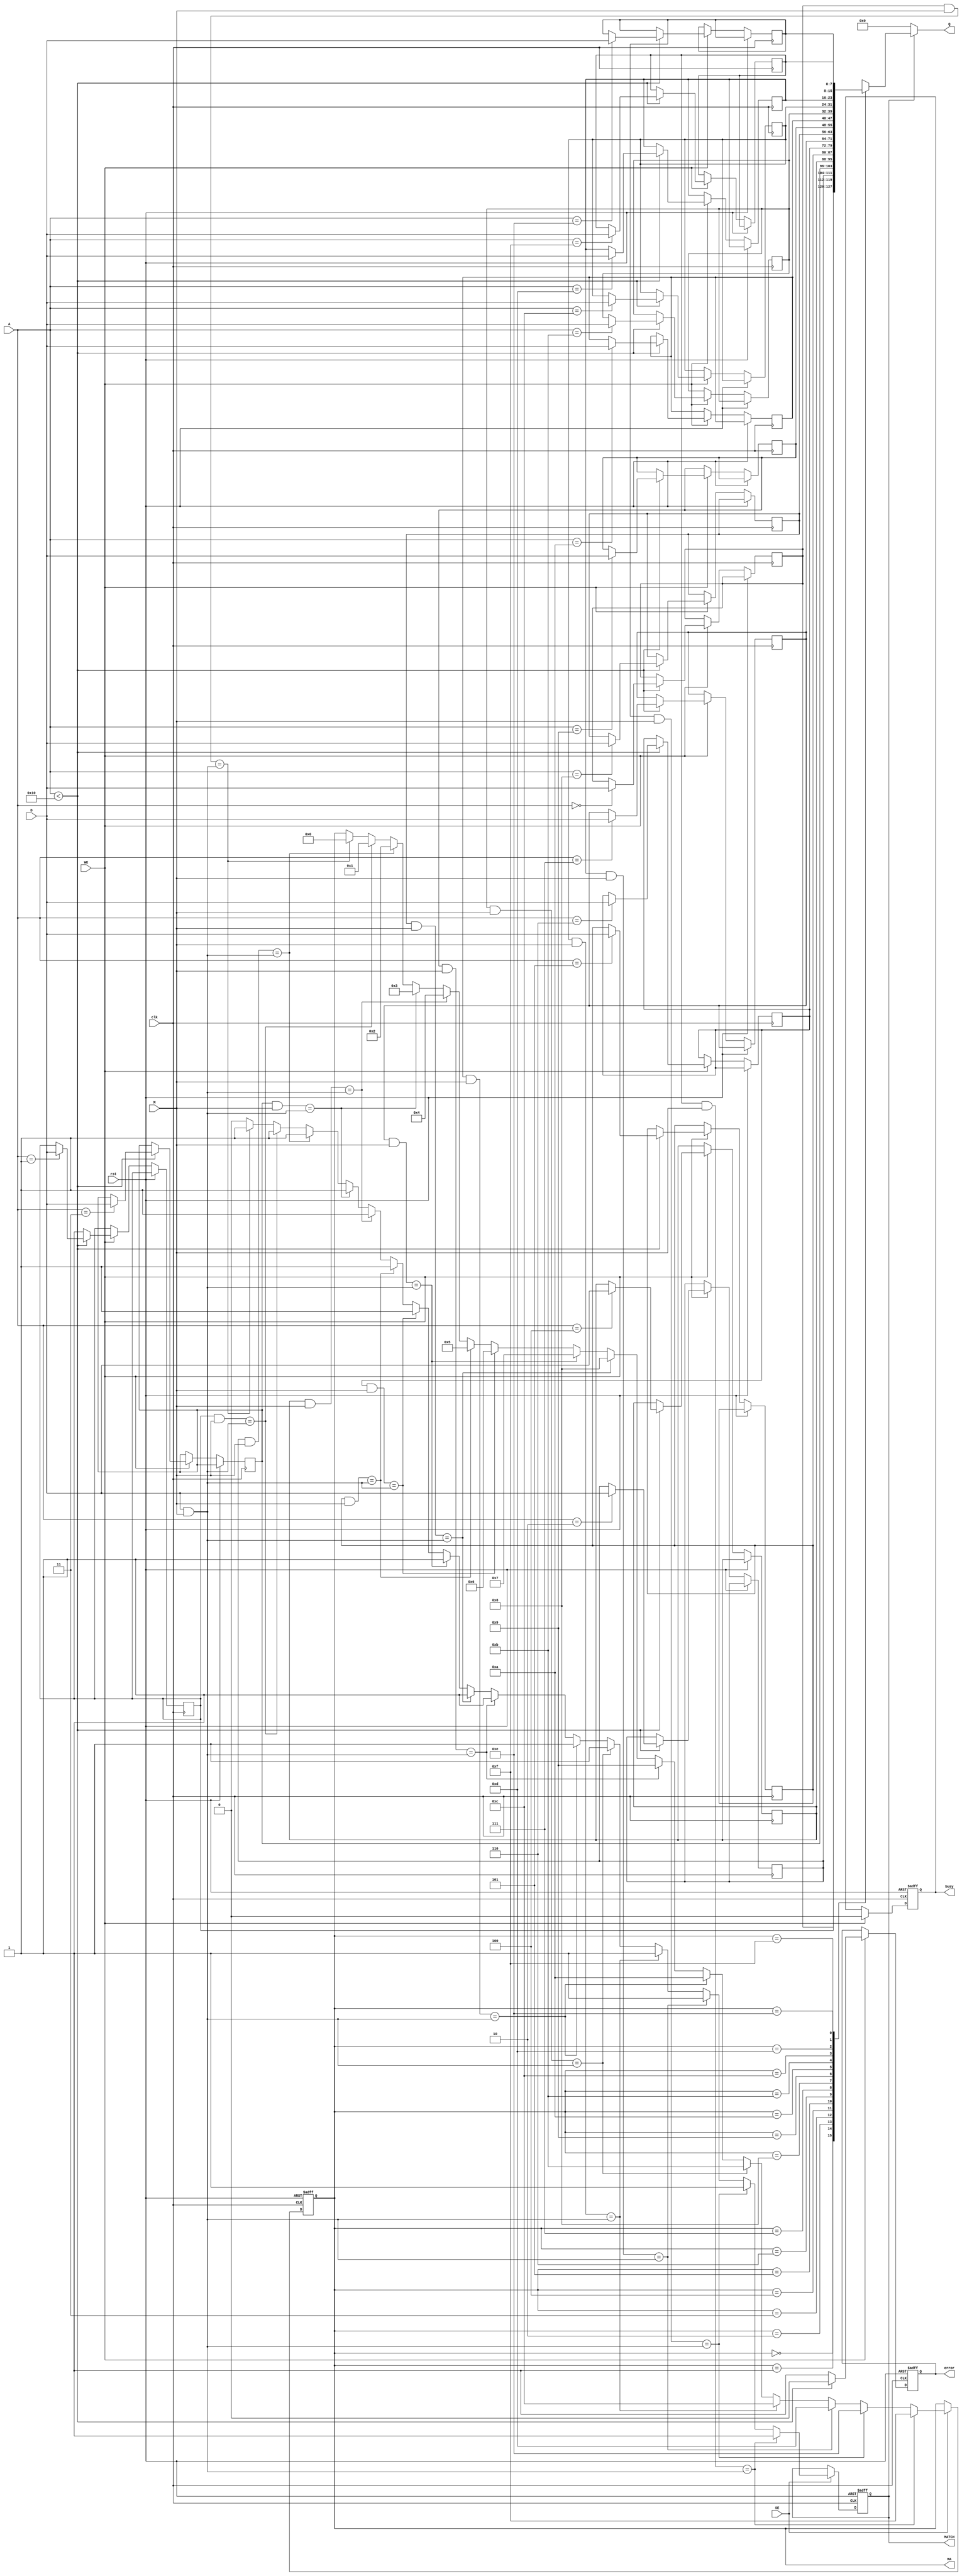
module BCAM_IO_Block #(
    parameter DATA_WIDTH = 8, // Width of the data input
    parameter ADDR_WIDTH = 4, // Width of the address input
    parameter MEM_DEPTH = 16   // Depth of the memory array
)(
    input wire clk,                // Clock signal
    input wire rst,                // Reset signal
    input wire [DATA_WIDTH-1:0] D, // Data input
    input wire [ADDR_WIDTH-1:0] A, // Address input
    input wire [DATA_WIDTH-1:0] M, // Masking input
    input wire WE,                 // Write enable
    input wire SE,                 // Search enable
    output reg [DATA_WIDTH-1:0] Q, // Data output
    output reg MATCH,              // Match output
    output reg [ADDR_WIDTH-1:0] MA, // Address output for match
    output reg busy,               // Busy signal
    output reg error               // Error signal
);

    // Memory array for BCAM
    reg [DATA_WIDTH-1:0] mem [0:MEM_DEPTH-1];

    // Internal signals
    reg [MEM_DEPTH-1:0] match_lines; // Match lines for comparison
    reg [ADDR_WIDTH-1:0] i;           // Loop variable for searching

    // Write operation
    always @(posedge clk or posedge rst) begin
        if (rst) begin
            busy <= 0;
            error <= 0;
        end else begin
            if (WE) begin
                busy <= 1;
                if (A < MEM_DEPTH) begin
                    mem[A] <= D; // Write data to specified address
                    error <= 0;
                end else begin
                    error <= 1; // Invalid address
                end
                busy <= 0;
            end
        end
    end

    // Search operation
    always @(posedge clk or posedge rst) begin
        if (rst) begin
            MATCH <= 0;
            MA <= 0;
            match_lines <= 0;
        end else begin
            if (SE) begin
                MATCH <= 0;
                match_lines <= 0;
                for (i = 0; i < MEM_DEPTH; i = i + 1) begin
                    // Compare with masking
                    if ((mem[i] & M) == (D & M)) begin
                        match_lines[i] <= 1; // Set match line
                        MATCH <= 1;          // Match found
                        MA <= i;             // Store address of match
                    end else begin
                        match_lines[i] <= 0; // No match
                    end
                end
            end
        end
    end

    // Output data based on match
    always @(*) begin
        if (MATCH) begin
            Q = mem[MA]; // Output the data from the matched address
        end else begin
            Q = 0; // No match, output zero
        end
    end

endmodule